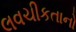
લવચીકતાનો